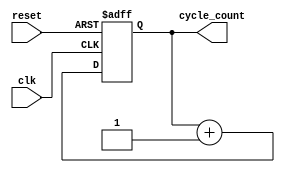
module clock_cycle_initialization (
    input wire clk,          // Periodic clock signal
    input wire reset,        // Control signal for resetting the cycle count
    output reg [31:0] cycle_count // Register to hold the clock cycle count
);

// Always block triggered on the rising edge of the clock or the reset signal
always @(posedge clk or posedge reset) begin
    if (reset) begin
        // Reset the cycle count to zero when reset is high
        cycle_count <= 32'b0;
    end else begin
        // Increment the cycle count on each rising edge of the clock when not in reset
        cycle_count <= cycle_count + 1;
    end
end

endmodule